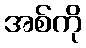
အစ်ကို